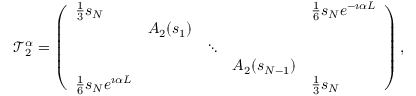
\mathcal { T } _ { 2 } ^ { \alpha } = \left( \begin{array} { l l l l l } { \frac { 1 } { 3 } s _ { N } } & & & & { \frac { 1 } { 6 } s _ { N } e ^ { - \i \alpha L } } \\ & { A _ { 2 } ( s _ { 1 } ) } & & & \\ & & { \ddots } & & \\ & & & { A _ { 2 } ( s _ { N - 1 } ) } & \\ { \frac { 1 } { 6 } s _ { N } e ^ { \i \alpha L } } & & & & { \frac { 1 } { 3 } s _ { N } } \end{array} \right) ,